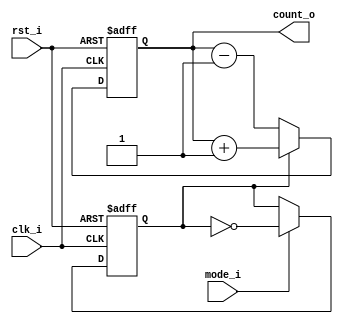
module updown_counter(clk_i, rst_i, mode_i, count_o);
  input clk_i, rst_i, mode_i;
  output reg [2:0] count_o;
  reg direction;

  always @(posedge clk_i or posedge rst_i) begin
    if (rst_i) begin
      count_o <= 0; // Reset the counter to 0 when the reset signal is asserted.
      direction <= 1; // Initialize the direction to count up.
    end else begin
      if (mode_i)
        direction <= ~direction; // Toggle the direction when the mode bit is high (1).
      
      if (direction)
        count_o <= count_o + 1; // Count up when the direction is 1.
      else
        count_o <= count_o - 1; // Count down when the direction is 0.
    end
  end
endmodule